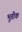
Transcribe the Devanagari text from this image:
भूतीक